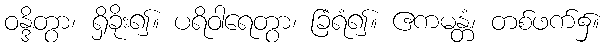
ဝန္ဒိတွာ၊ ရှိခိုး၍။ ပရိဝါရေတွာ၊ ခြံရံ၍။ ဧကမန္တံ၊ တစ်ဖက်၌။